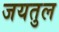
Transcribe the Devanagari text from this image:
जयतुल